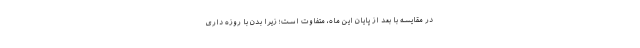
در مقایسه با بعد از پایان این ماه، متفاوت است؛ زیرا بدن با روزه داری